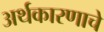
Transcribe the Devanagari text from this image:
अर्थकारणाचे